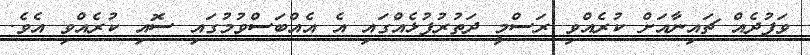
ވަފުދެއް ޗައިނާއަށް ކުރެއްވި ރަސްމީ ދަތުރުފުޅެއްގައި އެ އެއްބަސްވުމުގައި ސޮއި ކުރެއްވި އެވެ.